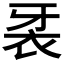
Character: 𲀧